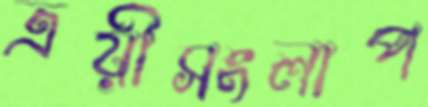
ত্রয়ীসংলাপ